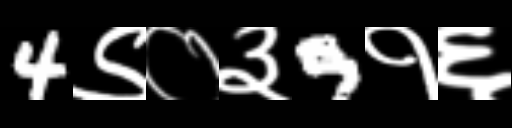
Text: 4९०३9१६